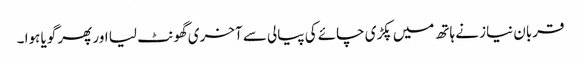
قربان نیاز نے ہاتھ میں پکڑی چائے کی پیالی سے آخری گھونٹ لیا اور پھر گویا ہوا ۔